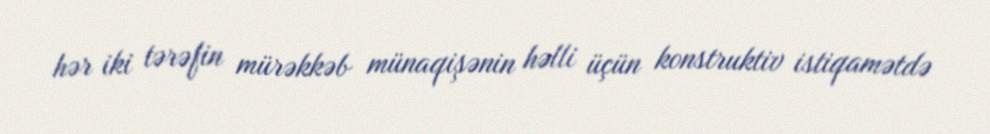
hər iki tərəfin mürəkkəb münaqişənin həlli üçün konstruktiv istiqamətdə